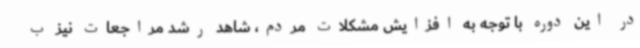
در این دوره با توجه به افزایش مشکلات مردم، شاهد رشد مراجعات نیز ب